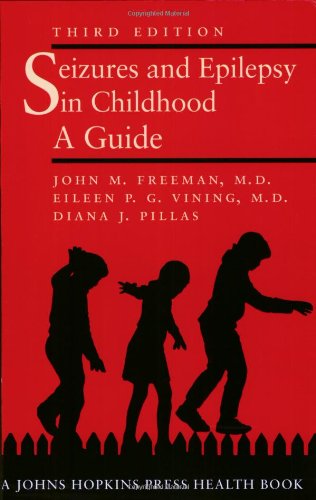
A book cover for Seizures and Epilepsy in Childhood: A Guide (Johns Hopkins Press Health Books); John M. Freeman; Health, Fitness & Dieting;